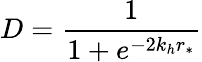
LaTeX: D=\frac{1}{1+e^{-2k_{h}r_{*}}}